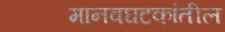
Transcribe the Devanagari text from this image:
मानवघटकांतील